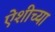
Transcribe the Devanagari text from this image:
ऐशीच्या